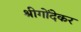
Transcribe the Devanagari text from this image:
श्रीगोंदेकर